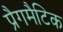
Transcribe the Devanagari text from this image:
प्रैगमैटिक